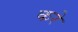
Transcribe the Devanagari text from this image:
करेे